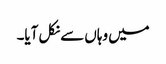
میں وہاں سے نکل آیا۔